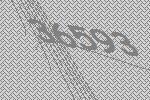
36593